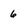
Character: 6